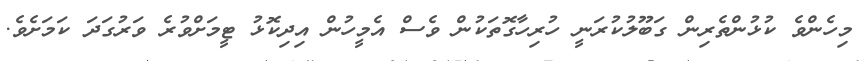
މިހެންވެ ކުޅުންތެރިން ގަބޫލުކުރަނީ ހުރިހާގޮތަކުން ވެސް އެމީހުން އިދިކޮޅު ޓީމަށްވުރެ ވަރުގަދަ ކަމަށެވެ.